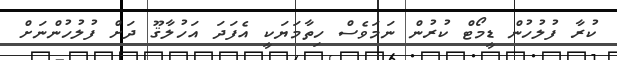
ކުރާ ފުލުހުން ޑީމޯޓް ކުރުން ނަމަވެސް ހިތާމަޔަކީ އެފަދަ އަހުލާޤޫ ދަށް ފުލުހުންނަށް